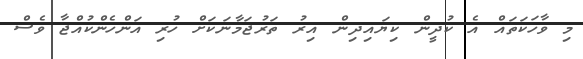
މި ވާހަކަތައް އެ ކުދީން ކިޔައިދިން އިރު ތަރުޖަމާނަކަށް ހުރި އަންހެންކުއްޖާ ވެސް